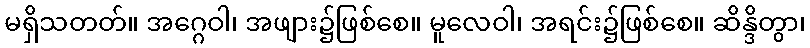
မရှိသတတ်။ အဂ္ဂေဝါ၊ အဖျား၌ဖြစ်စေ။ မူလေဝါ၊ အရင်း၌ဖြစ်စေ။ ဆိန္ဒိတွာ၊